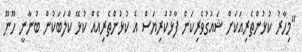
"މިހާރު ކުޅުންތެރިއަކަށް ޝައުގުވެރިކަން ފާޅުކުރިޔަސް އެ ކުޅުންތެރިއެއް ކުޅޭ ކްލަބަކުން ބުނާނީ ހޫނޫ